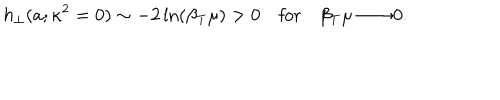
h _ { \perp } ( a ; \kappa ^ { 2 } = 0 ) \sim - 2 \ln ( \beta _ { T } \mu ) > 0 \quad \mathrm { f o r } \quad \beta _ { T } \mu \longrightarrow 0 .